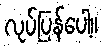
လုပ်ပြန်ပေါ့။